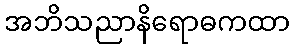
အဘိသညာနိရောဓကထာ